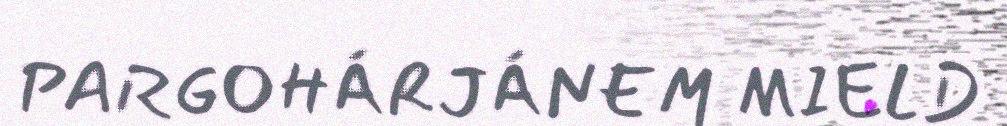
PARGOHÁRJÁNEM MIELD